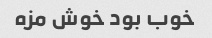
خوب بود خوش مزه